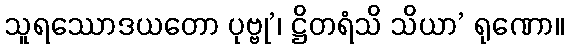
သူရဿောဒယတော ပုဗ္ဗု’၊ ဋ္ဌိတရံသိ သိယာ’ ရုဏော။